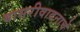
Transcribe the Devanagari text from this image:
बासरीवादनाचे